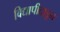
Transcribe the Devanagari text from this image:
विद्यापीठाडून